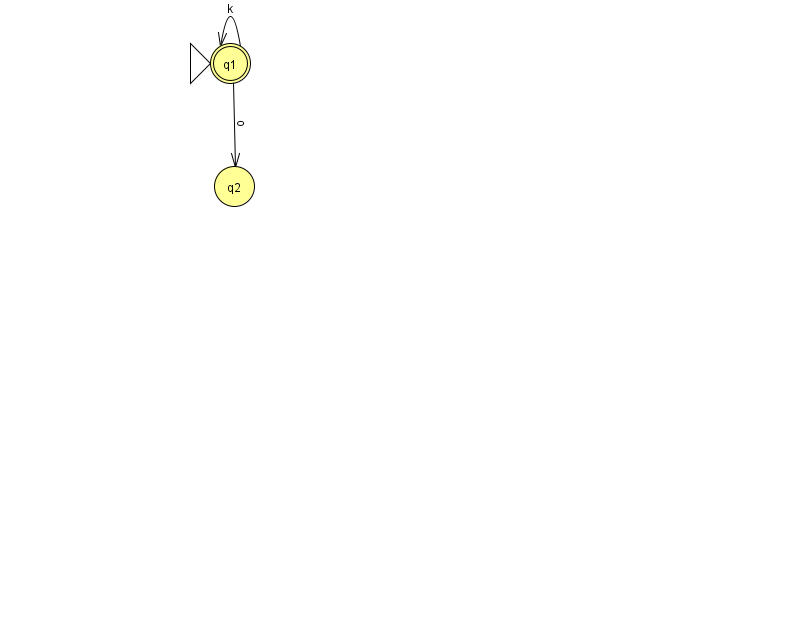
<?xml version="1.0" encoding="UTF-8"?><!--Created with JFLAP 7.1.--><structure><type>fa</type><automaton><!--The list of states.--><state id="1" name="q1"><x>230.0</x><y>50.0</y><initial/><final/></state><state id="2" name="q2"><x>234.0</x><y>173.0</y></state><!--The list of transitions.--><transition><from>1</from><to>2</to><read>o</read></transition><transition><from>1</from><to>1</to><read>k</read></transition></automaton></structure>